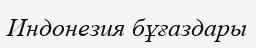
Индонезия бұғаздары